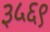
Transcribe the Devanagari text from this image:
३५६९